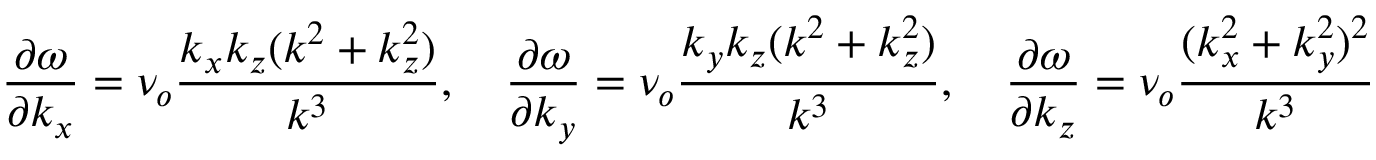
\frac { \partial \omega } { \partial k _ { x } } = \nu _ { o } \frac { k _ { x } k _ { z } ( k ^ { 2 } + k _ { z } ^ { 2 } ) } { k ^ { 3 } } , \quad \frac { \partial \omega } { \partial k _ { y } } = \nu _ { o } \frac { k _ { y } k _ { z } ( k ^ { 2 } + k _ { z } ^ { 2 } ) } { k ^ { 3 } } , \quad \frac { \partial \omega } { \partial k _ { z } } = \nu _ { o } \frac { ( k _ { x } ^ { 2 } + k _ { y } ^ { 2 } ) ^ { 2 } } { k ^ { 3 } }